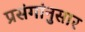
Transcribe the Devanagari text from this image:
प्रसंगांनुसार